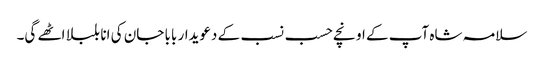
سلامہ شاہ آپ کے اونچے حسب نسب کے دعویدار بابا جان کی انا بلبلا اٹھے گی۔